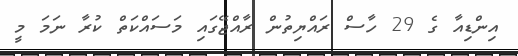
އިންޑިއާ ގެ 29 ހާސް ރައްޔިތުން ރާއްޖޭގައި މަސައްކަތް ކުރާ ނަމަ މީ